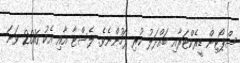
ސްޕޯޓިން ޑީރެކްޓަރާއި ބައްދަލު ކުރި ފަހުންނެވެ. ލެސްޓާ އާއި އެކު 2016 ވަނަ